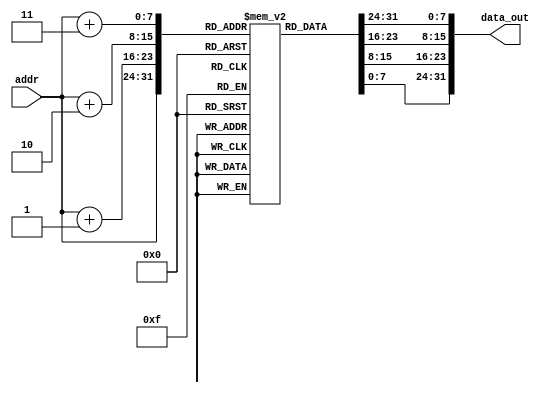
`timescale 1ns / 1ps
//////////////////////////////////////////////////////////////////////////////////
// Company: AUC
// 
// Design Name: 
// Module Name: InstMem
// Project Name: Single Cycle rv32i Processor
// Target Devices: 
// Tool Versions: 
// Description: the instruction memory of the processor
// 
// Dependencies: 
// 
// Revision:
// Revision 0.01 - File Created
// Additional Comments:
// 
//////////////////////////////////////////////////////////////////////////////////


module InstMem (
    input [7:0] addr, 
    output [31:0] data_out
);
     reg [7:0] mem [0:255];
     initial begin
        {mem[3], mem[2], mem[1], mem[0]} = 32'b00000000101000000000000010010011; //addi x1, x0, 10 #x1=10
        {mem[7], mem[6], mem[5], mem[4]} = 32'b11111111101100000000000100010011; //addi x2, x0, -5 #x2=-5
        {mem[11], mem[10], mem[9], mem[8]} = 32'b00000000001000001000000110110011; //add  x3, x1, x2 #x3=5
        {mem[15], mem[14], mem[13], mem[12]} = 32'b01000000001000001000001000110011; //sub  x4, x1, x2 #x4=15
        {mem[19], mem[18], mem[17], mem[16]} = 32'b00000000001000001100001010110011; //xor  x5, x1, x2 #x5=-15
        {mem[23], mem[22], mem[21], mem[20]} = 32'b00000000001000001110001100110011; //or   x6, x1, x2 #x6=-5
        {mem[27], mem[26], mem[25], mem[24]} = 32'b00000000001000001111001110110011; //and  x7, x1, x2 #x7=10
        {mem[31], mem[30], mem[29], mem[28]} = 32'b00000000101000010001010000110011; //sll  x8, x2, x1 #x8=-5120
        {mem[35], mem[34], mem[33], mem[32]} = 32'b00000000101000010101010010110011; //srl  x9, x2, x1 #x9=4194303
        {mem[39], mem[38], mem[37], mem[36]} = 32'b01000000101000010101010100110011; //sra  x10,x2, x1 #x10=-1
        {mem[43], mem[42], mem[41], mem[40]} = 32'b00000000001000001010010110110011; //slt  x11,x1,x2  #x11=0
        {mem[47], mem[46], mem[45], mem[44]} = 32'b00000000001000001011011000110011; //sltu x12,x1,x2  #x12=1
        
    
     end
    
     assign data_out = {mem[addr + 3], mem[addr + 2], mem[addr + 1], mem[addr]};
endmodule